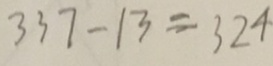
3 3 7 - 1 3 = 3 2 4